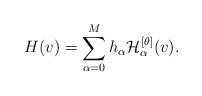
\begin{align*} H(v) = \sum_{\alpha=0}^M h_{\alpha}\mathcal{H}^{[\theta]}_{\alpha}(v).\end{align*}